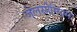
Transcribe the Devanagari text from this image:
जेलसीमियम